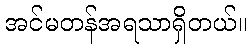
အင်မတန်အရသာရှိတယ်။